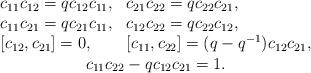
LaTeX: \begin{align*}\begin{array}{ll}c_{11}c_{12}=qc_{12}c_{11},& c_{21}c_{22}=qc_{22}c_{21},\\c_{11}c_{21}=qc_{21}c_{11},& c_{12}c_{22}=qc_{22}c_{12},\\\left[c_{12},c_{21}\right]=0,& \left[c_{11},c_{22}\right]=(q-q^{-1})c_{12}c_{21},\\\multicolumn{2}{c}{c_{11}c_{22}-qc_{12}c_{21}=1.}\end{array} \end{align*}